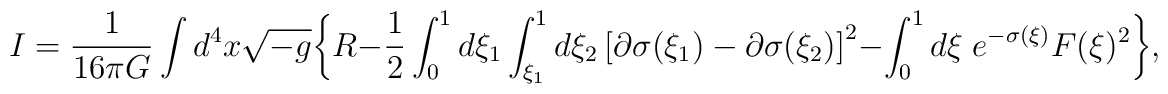
I={1\over 16\pi G}\int d^4x\sqrt{-g}\biggl\{ R-{1\over 2}\int_{0}^1 d\xi_1\int_{\xi_1}^1d\xi_2\left[\partial\sigma(\xi_1)-\partial\sigma(\xi_2)\right]^2-\int_{0}^{1} d\xi\;e^{-\sigma(\xi)} F(\xi)^2\biggr\},